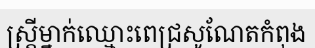
ស្ត្រីម្នាក់ឈ្មោះពេជ្រសូណែតកំពុង